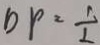
D P = \frac { 1 } { 1 }